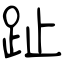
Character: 趾